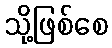
သို့ဖြစ်စေ